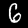
Digit: 6